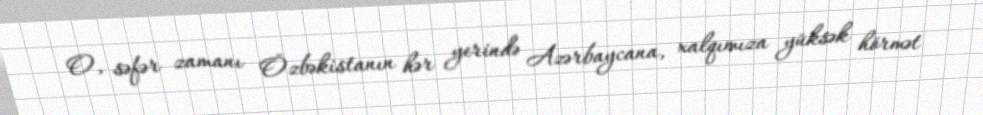
O, səfər zamanı Özbəkistanın hər yerində Azərbaycana, xalqımıza yüksək hörmət